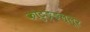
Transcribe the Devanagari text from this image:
कोटुङ्ङल्लूर